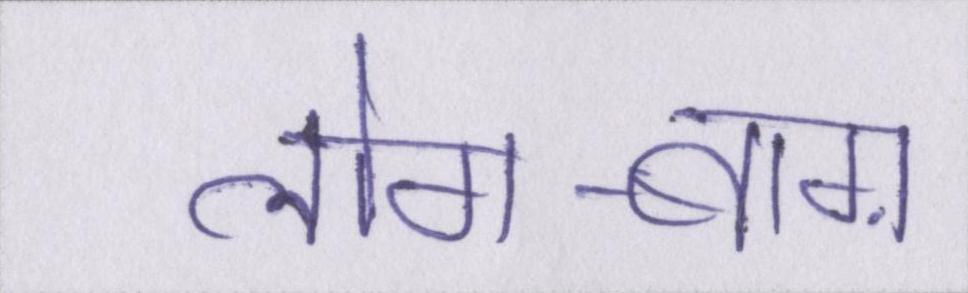
लोग-बाग़